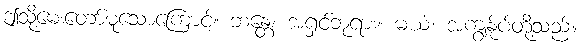
ဤသို့မေးတော်မူသောကြောင့်။ ဘန္တေ၊ အရှင်ဘုရား။ မယံ၊ အကျွန်ုပ်တို့သည်။